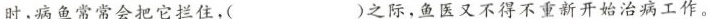
时，病鱼常常会把它拦住，( )之际，鱼医又不得不重新开始治病工作。